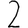
Digit: 2